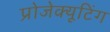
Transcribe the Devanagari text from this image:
प्रोजेक्यूटिंग